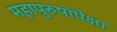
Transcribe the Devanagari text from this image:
महापुरुषांपेक्षा